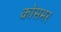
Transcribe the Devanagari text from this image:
कोसभर